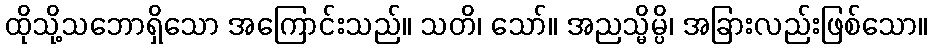
ထိုသို့သဘောရှိသော အကြောင်းသည်။ သတိ၊ သော်။ အညသ္မိမ္ပိ၊ အခြားလည်းဖြစ်သော။